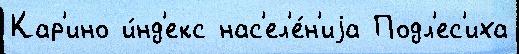
Кар'ино и́нд'екс нас'ел'е́н'иjа Подл'ес'иха